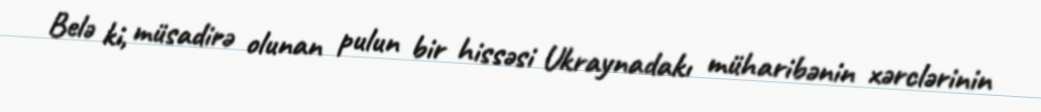
Belə ki, müsadirə olunan pulun bir hissəsi Ukraynadakı müharibənin xərclərinin